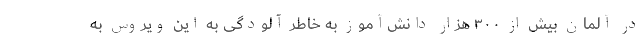
در آلمان بیش از ۳۰۰ هزار دانش‌آموز به خاطر آلودگی به این ویروس به